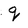
Character: q